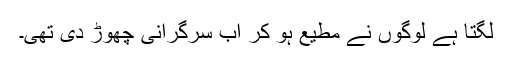
لگتا ہے لوگوں نے مطیع ہو کر اب سرگرانی چھوڑ دی تھی۔